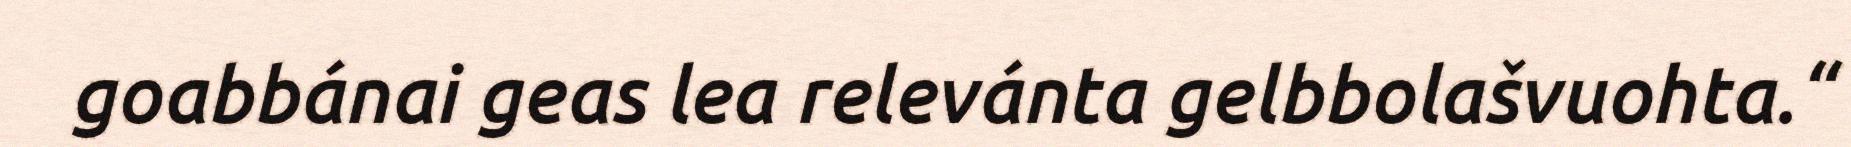
goabbánai geas lea relevánta gelbbolašvuohta.“